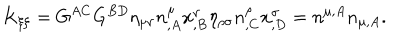
LaTeX: K _ { \xi \xi } = G ^ { A C } G ^ { B D } \eta _ { \mu \nu } n _ { , A } ^ { \mu } x _ { , B } ^ { \nu } \eta _ { \rho \sigma } n _ { , C } ^ { \rho } x _ { , D } ^ { \sigma } = n ^ { \mu , A } n _ { \mu , A } .